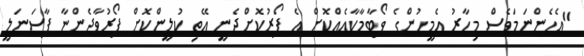
"އެހެންނަމަވެސް މިހާރު އެމީހުންގެ ވޯޓާމާކާއެއްކޮށް އެ ފޯރުކޮށްދެނީ އޭތި ކުލީންކޮށް ފޯރުވާދެންޏާ ޕާސަނަލީ